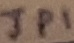
Text: JP1